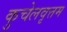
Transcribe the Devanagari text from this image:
कुचेलवृत्तम